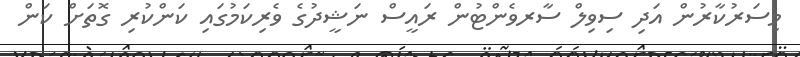
މިސަރުކާރުން އަދި ސިވިލް ސާރވެންޓުން ރައީސް ނަޝީދުގެ ވެރިކަމުގައި ކަންކުރި ގޮތަށް ކަން